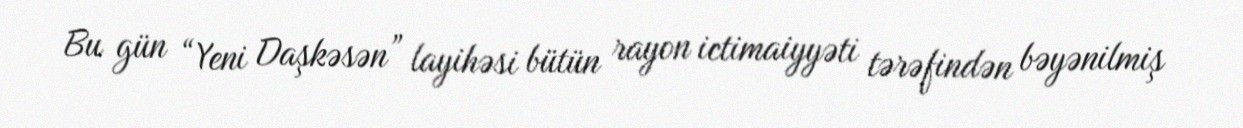
Bu gün “Yeni Daşkəsən” layihəsi bütün rayon ictimaiyyəti tərəfindən bəyənilmiş